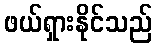
ဖယ်ရှားနိုင်သည်